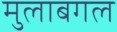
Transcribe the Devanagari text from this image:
मुलाबगल